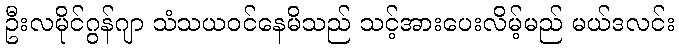
ဦးလမိုင်ဂွန်ဂျာ သံသယဝင်နေမိသည် သင့်အားပေးလိမ့်မည် မယ်ဒလင်း